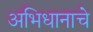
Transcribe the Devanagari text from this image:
अभिधानाचे